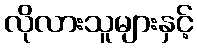
လိုလားသူများနှင့်